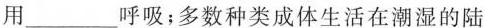
用___呼吸；多数种类成体生活在潮湿的陆